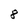
Character: 8